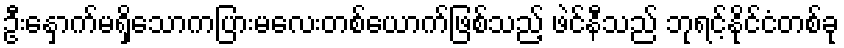
ဦးနှောက်မရှိသောကပြားမလေးတစ်ယောက်ဖြစ်သည့် ဖဲင်နီသည် ဘုရင့်နိုင်ငံတစ်ခု